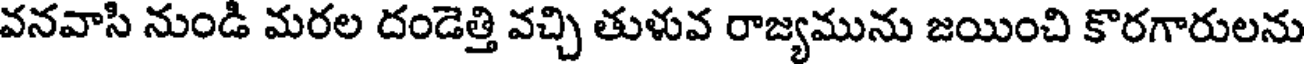
వనవాసి నుండి మరల దండెత్తి వచ్చి తుళువ రాజ్యమును జయించి కొరగారులను